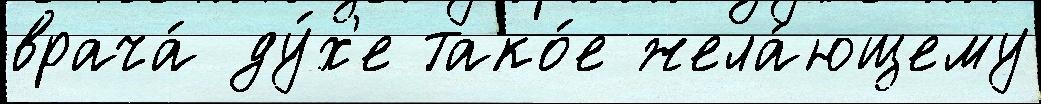
врача́ ду́х'е тако́е жела́ющему